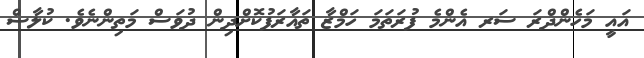
އައީ މަހެންދްރަ ސަރ އެންމެ ފުރަތަމަ ހަމްޒާ ތައާރަފުކޮށްދިން ދުވަސް މަތިންނެވެ. ކުލާސް